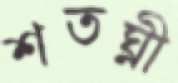
শতঘ্নী